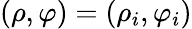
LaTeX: (\rho,\varphi)=(\rho_{i},\varphi_{i})